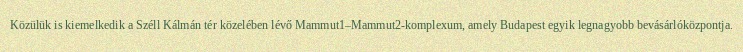
Közülük is kiemelkedik a Széll Kálmán tér közelében lévő Mammut1–Mammut2-komplexum, amely Budapest egyik legnagyobb bevásárlóközpontja.